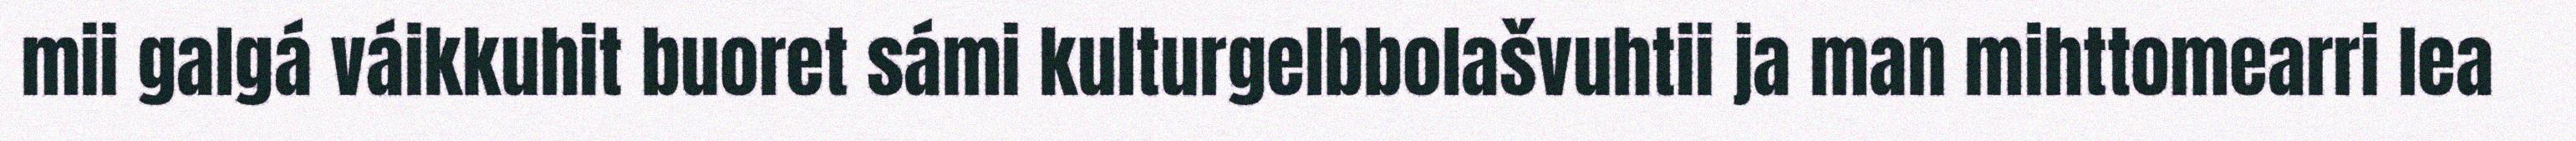
mii galgá váikkuhit buoret sámi kulturgelbbolašvuhtii ja man mihttomearri lea